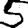
Digit: 5